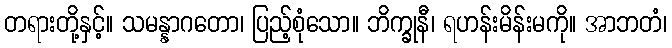
တရားတို့နှင့်။ သမန္နာဂတော၊ ပြည့်စုံသော။ ဘိက္ခုနီ၊ ရဟန်းမိန်းမကို။ အာဘတံ၊